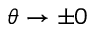
\theta \rightarrow \pm 0